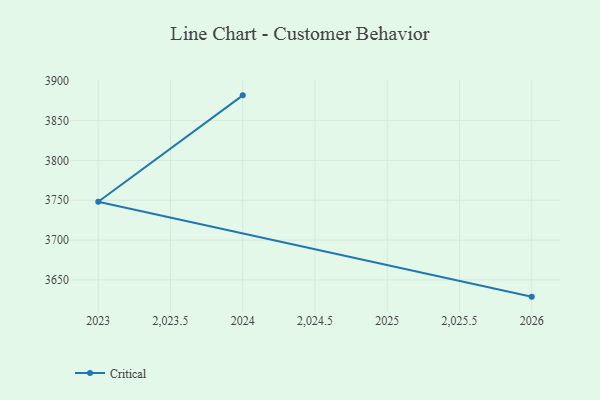
{"axis": {"x": "Year", "y": "Demand Index"}, "legend": ["Critical"], "data": [{"x": "2026", "y": 3629.0, "type": "Critical"}, {"x": "2023", "y": 3748.1, "type": "Critical"}, {"x": "2024", "y": 3881.7, "type": "Critical"}]}